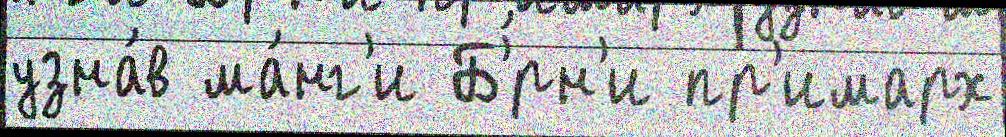
узна́в ма́нг'и Б'́рн'и пр'имарх